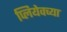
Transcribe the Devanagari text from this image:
प्लियेवच्या